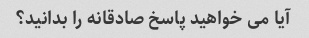
آیا می خواهید پاسخ صادقانه را بدانید؟